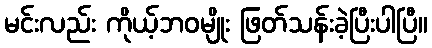
မင်းလည်း ကိုယ့်ဘဝမျိုး ဖြတ်သန်းခဲ့ပြီးပါပြီ။